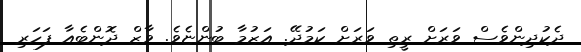
ދެކުދިންވެސް ވަރަށް ރީތި ވަރަށް ކަމުދޭ. އަޒުމާ ބުންޏެވެ. ވާޒް ދޮންބެއާ ފަހަރި